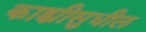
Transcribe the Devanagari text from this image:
काह्यीसुधील